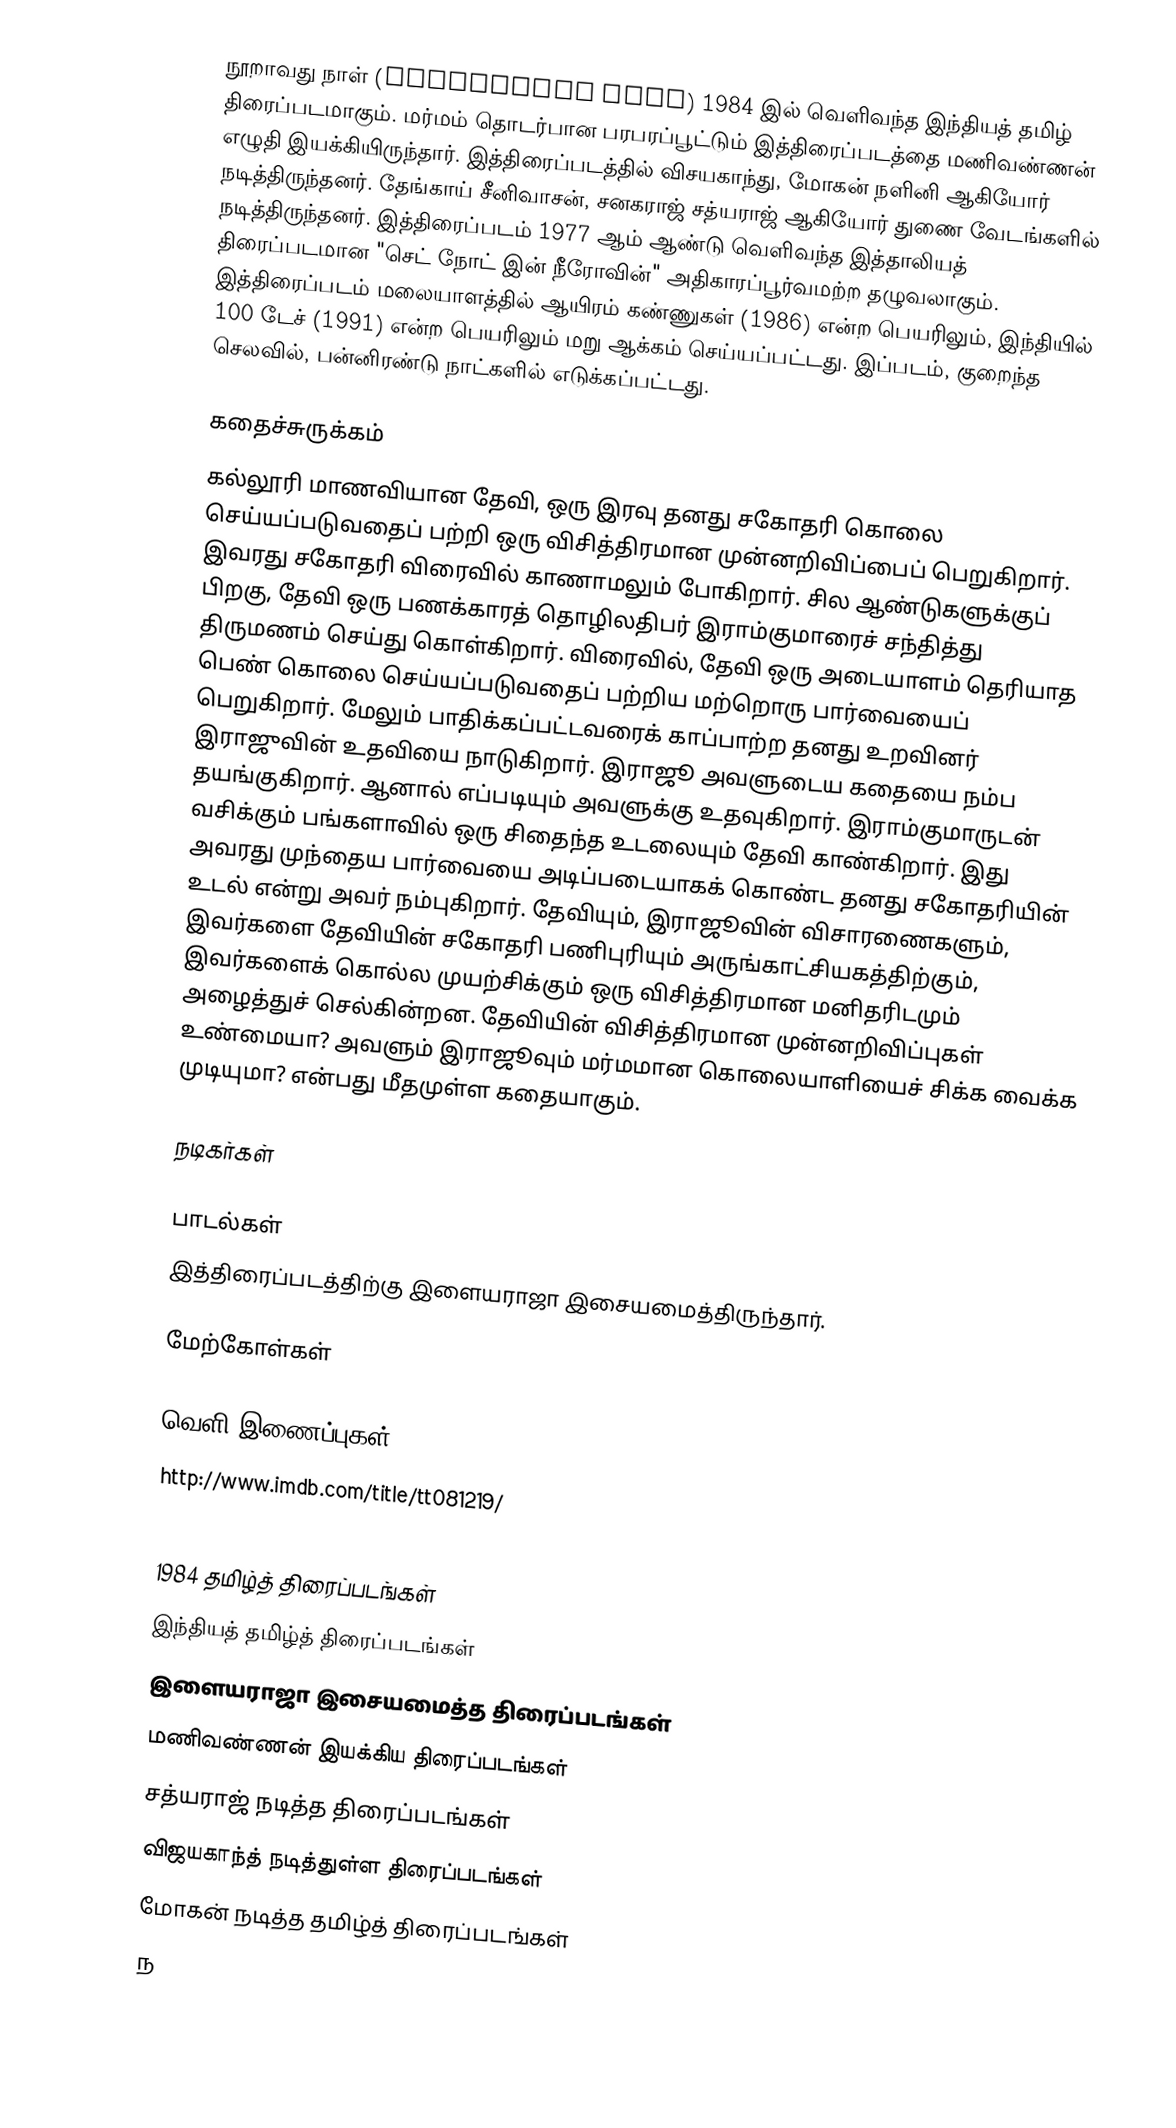
நூறாவது நாள் (Nooravathu Naal) 1984 இல் வெளிவந்த இந்தியத் தமிழ் திரைப்படமாகும். மர்மம் தொடர்பான பரபரப்பூட்டும் இத்திரைப்படத்தை மணிவண்ணன் எழுதி இயக்கியிருந்தார். இத்திரைப்படத்தில் விசயகாந்து, மோகன் நளினி ஆகியோர் நடித்திருந்தனர். தேங்காய் சீனிவாசன், சனகராஜ் சத்யராஜ் ஆகியோர் துணை வேடங்களில் நடித்திருந்தனர். இத்திரைப்படம் 1977 ஆம் ஆண்டு வெளிவந்த இத்தாலியத் திரைப்படமான "செட் நோட் இன் நீரோவின்" அதிகாரப்பூர்வமற்ற தழுவலாகும். இத்திரைப்படம் மலையாளத்தில் ஆயிரம் கண்ணுகள் (1986) என்ற பெயரிலும், இந்தியில் 100 டேச் (1991) என்ற பெயரிலும் மறு ஆக்கம் செய்யப்பட்டது. இப்படம், குறைந்த செலவில், பன்னிரண்டு நாட்களில் எடுக்கப்பட்டது.

கதைச்சுருக்கம்
கல்லூரி மாணவியான தேவி, ஒரு இரவு தனது சகோதரி கொலை செய்யப்படுவதைப் பற்றி ஒரு விசித்திரமான முன்னறிவிப்பைப் பெறுகிறார். இவரது சகோதரி விரைவில் காணாமலும் போகிறார். சில ஆண்டுகளுக்குப் பிறகு, தேவி ஒரு பணக்காரத் தொழிலதிபர் இராம்குமாரைச் சந்தித்து திருமணம் செய்து கொள்கிறார். விரைவில், தேவி ஒரு அடையாளம் தெரியாத பெண் கொலை செய்யப்படுவதைப் பற்றிய மற்றொரு பார்வையைப் பெறுகிறார். மேலும் பாதிக்கப்பட்டவரைக் காப்பாற்ற தனது உறவினர் இராஜுவின் உதவியை நாடுகிறார். இராஜூ அவளுடைய கதையை நம்ப தயங்குகிறார். ஆனால் எப்படியும் அவளுக்கு உதவுகிறார். இராம்குமாருடன் வசிக்கும் பங்களாவில் ஒரு சிதைந்த உடலையும் தேவி காண்கிறார். இது அவரது முந்தைய பார்வையை அடிப்படையாகக் கொண்ட தனது சகோதரியின் உடல் என்று அவர் நம்புகிறார். தேவியும், இராஜூவின் விசாரணைகளும், இவர்களை தேவியின் சகோதரி பணிபுரியும் அருங்காட்சியகத்திற்கும், இவர்களைக் கொல்ல முயற்சிக்கும் ஒரு விசித்திரமான மனிதரிடமும் அழைத்துச் செல்கின்றன. தேவியின் விசித்திரமான முன்னறிவிப்புகள் உண்மையா? அவளும் இராஜூவும் மர்மமான கொலையாளியைச் சிக்க வைக்க முடியுமா? என்பது மீதமுள்ள கதையாகும்.

நடிகர்கள்

பாடல்கள்
இத்திரைப்படத்திற்கு இளையராஜா இசையமைத்திருந்தார்.

மேற்கோள்கள்

வெளி இணைப்புகள்
http://www.imdb.com/title/tt081219/

1984 தமிழ்த் திரைப்படங்கள்
இந்தியத் தமிழ்த் திரைப்படங்கள்
இளையராஜா இசையமைத்த திரைப்படங்கள்
மணிவண்ணன் இயக்கிய திரைப்படங்கள்
சத்யராஜ் நடித்த திரைப்படங்கள்
விஜயகாந்த் நடித்துள்ள திரைப்படங்கள்
மோகன் நடித்த தமிழ்த் திரைப்படங்கள்
ந